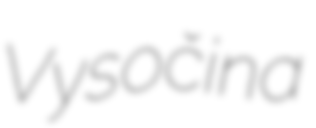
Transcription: Vysočina